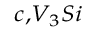
_ { c , V _ { 3 } S i }